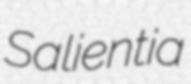
Salientia